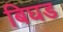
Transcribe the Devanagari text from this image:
बिघड